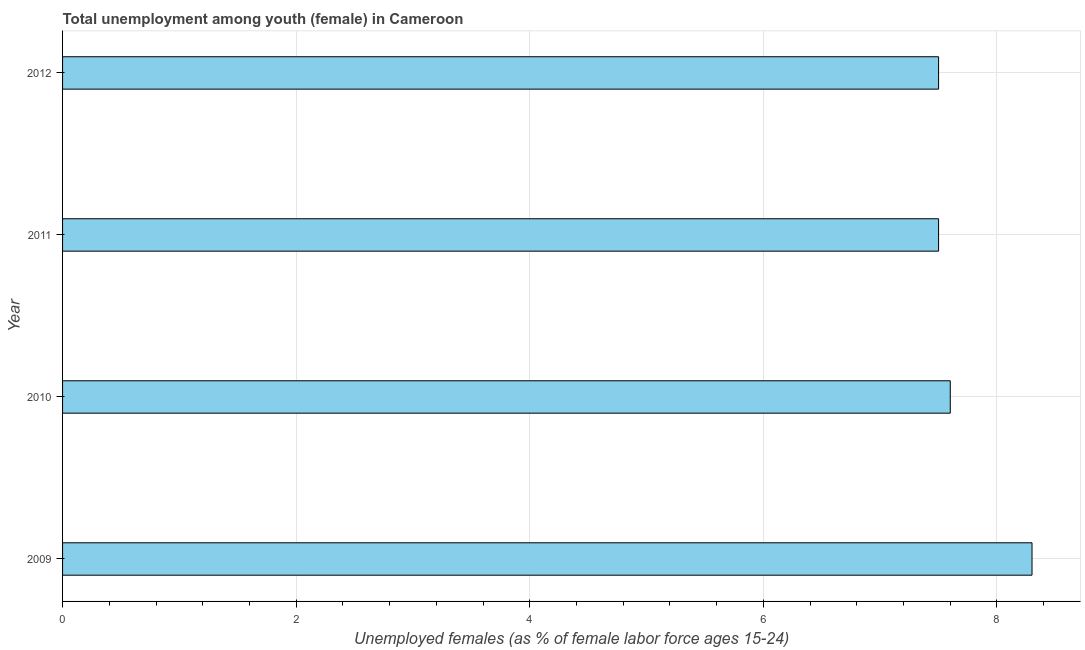
| Year | Unemployment |
 | --- | --- |
 | 2009 | 8.3 |
 | 2010 | 7.6 |
 | 2011 | 7.5 |
 | 2012 | 7.5 |